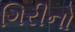
ગિરીનો